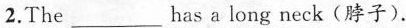
2.The___has a long neck(脖子).